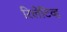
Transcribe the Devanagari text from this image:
रिलेटिव्ह